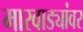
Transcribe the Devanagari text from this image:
मारवाड्यांवर